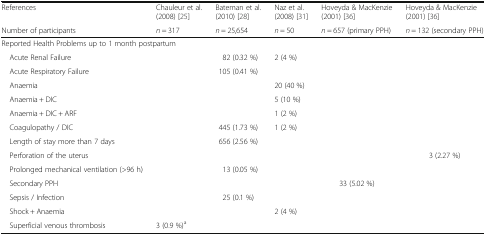
<table><thead><tr><td><b>References</b></td><td><b>Chauleur et al. (2008) [25]</b></td><td><b>Bateman et al. (2010) [28]</b></td><td><b>Naz et al. (2008) [31]</b></td><td><b>Hoveyda &amp; MacKenzie (2001) [36]</b></td><td><b>Hoveyda &amp; MacKenzie (2001) [36]</b></td></tr><tr><td><b>Number of participants</b></td><td><b><i>n</i> = 317</b></td><td><b><i>n</i> = 25,654</b></td><td><b><i>n</i> = 50</b></td><td><b><i>n</i> = 657 (primary PPH)</b></td><td><b><i>n</i> = 132 (secondary PPH)</b></td></tr></thead><tbody><tr><td colspan="6">Reported Health Problems up to 1 month postpartum</td></tr><tr><td> Acute Renal Failure</td><td></td><td>82 (0.32 %)</td><td>2 (4 %)</td><td></td><td></td></tr><tr><td> Acute Respiratory Failure</td><td></td><td>105 (0.41 %)</td><td></td><td></td><td></td></tr><tr><td> Anaemia</td><td></td><td></td><td>20 (40 %)</td><td></td><td></td></tr><tr><td> Anaemia + DIC</td><td></td><td></td><td>5 (10 %)</td><td></td><td></td></tr><tr><td> Anaemia + DIC + ARF</td><td></td><td></td><td>1 (2 %)</td><td></td><td></td></tr><tr><td> Coagulopathy / DIC</td><td></td><td>445 (1.73 %)</td><td>1 (2 %)</td><td></td><td></td></tr><tr><td> Length of stay more than 7 days</td><td></td><td>656 (2.56 %)</td><td></td><td></td><td></td></tr><tr><td> Perforation of the uterus</td><td></td><td></td><td></td><td></td><td>3 (2.27 %)</td></tr><tr><td> Prolonged mechanical ventilation (&gt;96 h)</td><td></td><td>13 (0.05 %)</td><td></td><td></td><td></td></tr><tr><td> Secondary PPH</td><td></td><td></td><td></td><td>33 (5.02 %)</td><td></td></tr><tr><td> Sepsis / Infection</td><td></td><td>25 (0.1 %)</td><td></td><td></td><td></td></tr><tr><td> Shock + Anaemia</td><td></td><td></td><td>2 (4 %)</td><td></td><td></td></tr><tr><td> Superficial venous thrombosis</td><td>3 (0.9 %)<sup>a</sup></td><td></td><td></td><td></td><td></td></tr></tbody></table>